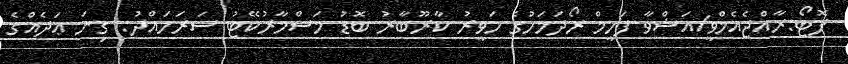
ފޮޓޯ:ރާއްޖެއެމްވީ/އަޝްވާ ފަހީމް ރޯދަމަހުގެ ހަވީރު ކާރޫބާރު ބޮޑު މަސްމާރުކޭޓު ސަރަހައްދު: ގިނަ ޢަދެއްގެ